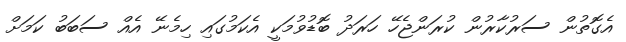
އެގޮތުން ސަރުކާރުން ކުރަންޖެހޭ ހަރަދު ބޮޑުވުމަކީ އެކަމުގައި ހިމެނޭ އެއް ސަބަބު ކަމަށް